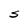
Character: S